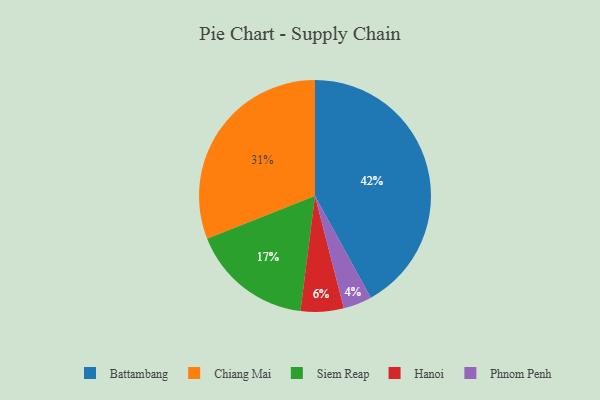
{"axis": {"x": "Category", "y": "Percentage"}, "legend": ["Battambang", "Chiang Mai", "Hanoi", "Phnom Penh", "Siem Reap"], "data": [{"x": "Siem Reap", "y": 17, "type": "Siem Reap"}, {"x": "Phnom Penh", "y": 4, "type": "Phnom Penh"}, {"x": "Chiang Mai", "y": 31, "type": "Chiang Mai"}, {"x": "Hanoi", "y": 6, "type": "Hanoi"}, {"x": "Battambang", "y": 42, "type": "Battambang"}]}